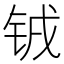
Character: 𫓰